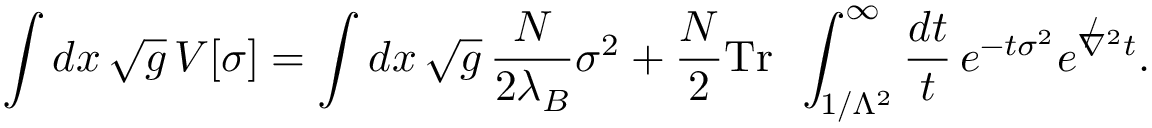
\int d x \, \sqrt { g } \, V [ \sigma ] = \int d x \, \sqrt { g } \, \frac { N } { 2 \lambda _ { B } } \sigma ^ { 2 } + \frac { N } { 2 } \mathrm { T r ~ } \, \int _ { 1 / \Lambda ^ { 2 } } ^ { \infty } \frac { d t } { t } \, e ^ { - t \sigma ^ { 2 } } e ^ { \not \nabla ^ { 2 } t } .